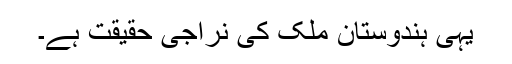
یہی ہندوستان ملک کی نراجی حقیقت ہے۔